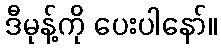
ဒီမုန့်ကို ပေးပါနော်။